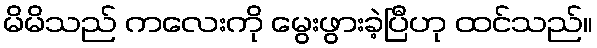
မိမိသည် ကလေးကို မွေးဖွားခဲ့ပြီဟု ထင်သည်။